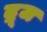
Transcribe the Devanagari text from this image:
द्रूज